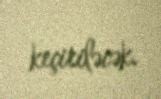
keçiriləcək.